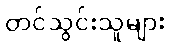
တင်သွင်းသူများ